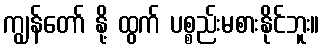
ကျွန်တော် နို့ ထွက် ပစ္စည်းမစားနိုင်ဘူး။